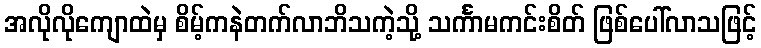
အလိုလိုကျောထဲမှ စိမ့်ကနဲတက်လာဘိသကဲ့သို့ သင်္ကာမကင်းစိတ် ဖြစ်ပေါ်လာသဖြင့်